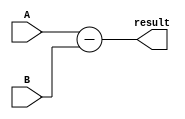
module comb_subtractor (
    input [3:0] A, // input value A (4-bit)
    input [3:0] B, // input value B (4-bit)
    output reg [3:0] result // output result (4-bit)
);

assign result = A - B;

endmodule